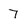
Character: 7